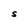
Character: S